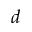
d